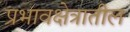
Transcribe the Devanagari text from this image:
प्रभावक्षेत्रातील